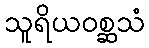
သူရိယဝစ္ဆသံ